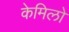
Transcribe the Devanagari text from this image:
केमिलो